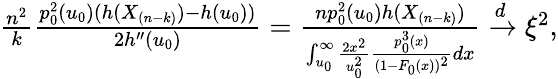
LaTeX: \begin{array}{r}{\frac{n^{2}}{k}\frac{p_{0}^{2}(u_{0})(h(X_{(n-k)})-h(u_{0}))}{2h^{\prime\prime}(u_{0})}=\frac{np_{0}^{2}(u_{0})h(X_{(n-k)})}{\int_{u_{0}}^{\infty}\frac{2x^{2}}{u_{0}^{2}}\frac{p_{0}^{3}(x)}{(1-F_{0}(x))^{2}}dx}\xrightarrow{d}\xi^{2},}\end{array}